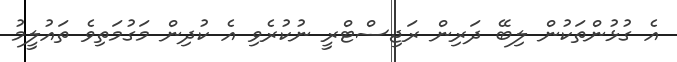
އެ ގުޅުންތަކުން ލިބޭ ދަރިން ރަޖިސްޓްރީ ނުކުރެވި އެ ކުދިން މަގުމަތިވެ ތައުލީމު